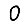
Digit: 0